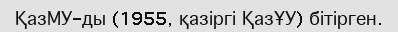
ҚазМУ-ды (1955, қазіргі ҚазҰУ) бітірген.